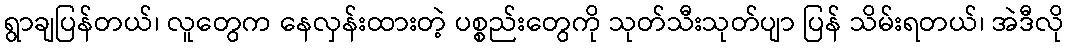
ရွာချပြန်တယ်၊ လူတွေက နေလှန်းထားတဲ့ ပစ္စည်းတွေကို သုတ်သီးသုတ်ပျာ ပြန် သိမ်းရတယ်၊ အဲဒီလို